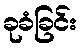
ခုခံခြင်း